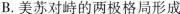
B.美苏对峙的两极格局形成